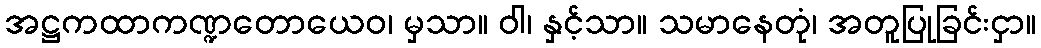
အဋ္ဌကထာကဏ္ဍတောယေဝ၊ မှသာ။ ဝါ၊ နှင့်သာ။ သမာနေတုံ၊ အတူပြုခြင်းငှာ။